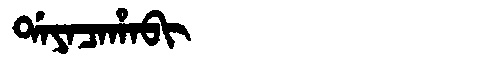
Manchu: ᡩᠠᠶᠠᠴᠠᡥᠠᠪᡳ
Romanization: DAYACAHABI